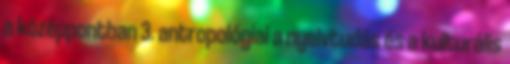
a középpontban 3. antropológiai a nyelvtudás és a kulturális